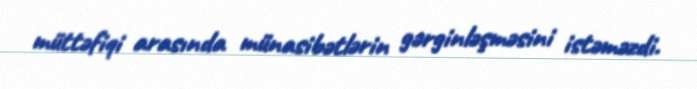
müttəfiqi arasında münasibətlərin gərginləşməsini istəməzdi.